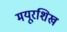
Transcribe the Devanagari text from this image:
मयूरशिख